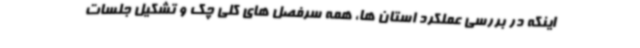
اینکه در بررسی عملکرد استان ها، همه سرفصل های کلی چک و تشکیل جلسات